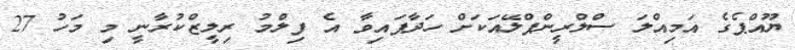
ޔޫއްޕެގެ އަމިއްލަ ސްލްރީންޕްލޭއަކަށް ހަދާފައިވާ އެ ފިލްމު ރިލީޒްކުރާނީ މި މަހު 27